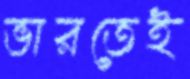
ভারতেই